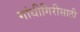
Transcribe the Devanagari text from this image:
गांधीगिरीसाठी